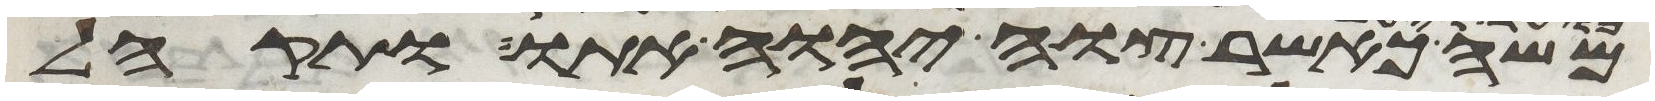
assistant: משה כאשר צוה יהוה אתו ותקהל